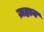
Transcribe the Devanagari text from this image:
ज़हान